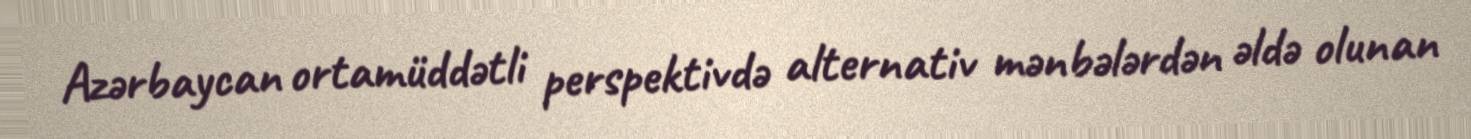
Azərbaycan ortamüddətli perspektivdə alternativ mənbələrdən əldə olunan